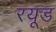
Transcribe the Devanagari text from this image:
रयूड